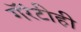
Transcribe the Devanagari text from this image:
गॅरंटीही